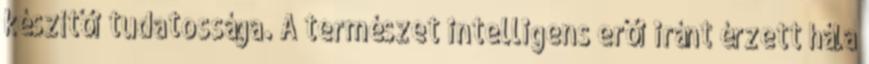
készítői tudatossága. A természet intelligens erői iránt érzett hála